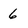
Character: 6